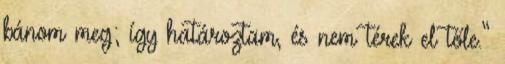
bánom meg; így határoztam, és nem térek el tőle.”